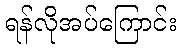
ရန်လိုအပ်ကြောင်း